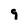
Character: 9